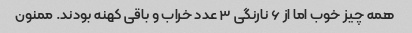
همه چیز خوب اما از ۶ نارنگی ۳ عدد خراب و باقی کهنه بودند. ممنون